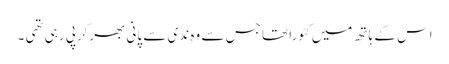
اس کے ہاتھ میں کٹورا تھا جس سے وہ ندی سے پانی بھرکرپی رہی تھی ۔